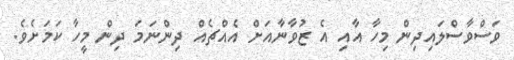
ވަސްވާސްލައިދިން މިހާ އާއި އެ ޒުވާނާއަށް އެއްޗެއް ދިންނަމަ ދިން މީހާ ކަމަށެވެ.